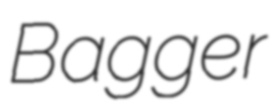
Bagger